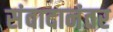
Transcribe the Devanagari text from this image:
संवादानंतर